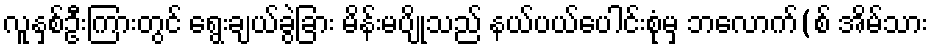
လူနှစ်ဦးကြားတွင် ရွေးချယ်ခွဲခြား မိန်းမပျိုသည် နယ်ပယ်ပေါင်းစုံမှ ဘလောက်(စ် အိမ်သား